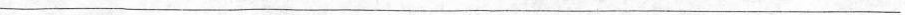
___